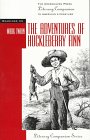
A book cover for Literary Companion Series - The Adventures of Huckleberry Finn (paperback edition); Katie De Koster; Teen & Young Adult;